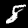
Label: 8